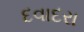
દવાદરા